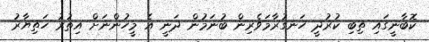
ކޮބާނީގައި ތިބި ކުރުދީ ހަނގުރާމަވެރިން ބުނަމުން ދަނީ އެ މީހުންނަށް އިތުރު ހަތިޔާރު